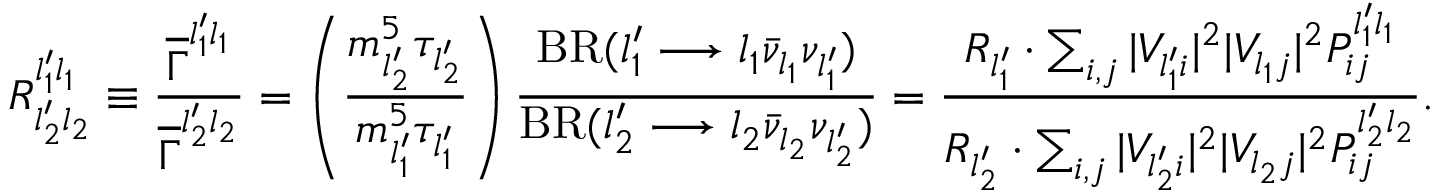
R _ { l _ { 2 } ^ { \prime } l _ { 2 } } ^ { l _ { 1 } ^ { \prime } l _ { 1 } } \equiv \frac { \overline { { \Gamma } } ^ { l _ { 1 } ^ { \prime } l _ { 1 } } } { \overline { { \Gamma } } ^ { l _ { 2 } ^ { \prime } l _ { 2 } } } = \left( \frac { m _ { l _ { 2 } ^ { \prime } } ^ { 5 } \tau _ { l _ { 2 } ^ { \prime } } } { m _ { l _ { 1 } ^ { \prime } } ^ { 5 } \tau _ { l _ { 1 } ^ { \prime } } } \right) \frac { \mathrm { B R } ( l _ { 1 } ^ { \prime } \longrightarrow l _ { 1 } \bar { \nu } _ { l _ { 1 } } \nu _ { l _ { 1 } ^ { \prime } } ) } { \mathrm { B R } ( l _ { 2 } ^ { \prime } \longrightarrow l _ { 2 } \bar { \nu } _ { l _ { 2 } } \nu _ { l _ { 2 } ^ { \prime } } ) } = \frac { { \cal R } _ { l _ { 1 } ^ { \prime } } \cdot \sum _ { i , j } | V _ { l _ { 1 } ^ { \prime } i } | ^ { 2 } | V _ { l _ { 1 } j } | ^ { 2 } P _ { i j } ^ { l _ { 1 } ^ { \prime } l _ { 1 } } } { { \cal R } _ { l _ { 2 } ^ { \prime } } \cdot \sum _ { i , j } | V _ { l _ { 2 } ^ { \prime } i } | ^ { 2 } | V _ { l _ { 2 } j } | ^ { 2 } P _ { i j } ^ { l _ { 2 } ^ { \prime } l _ { 2 } } } .